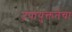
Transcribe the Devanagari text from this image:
उपायुक्ततेचा